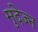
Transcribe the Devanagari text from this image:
मुदेज्न